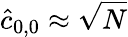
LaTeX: \hat{c}_{0,0}\approx\sqrt{N}